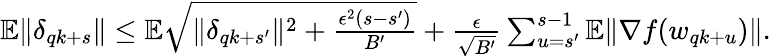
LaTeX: \begin{array}{r}{\mathbb{E}\| \delta_{qk+s}\| \le\mathbb{E}\sqrt{\| \delta_{qk+s^{\prime}}\| ^{2}+\frac{\epsilon^{2}(s-s^{\prime})}{B^{\prime}}}+\frac{\epsilon}{\sqrt{B^{\prime}}}\sum_{u=s^{\prime}}^{s-1}\mathbb{E}\| \nabla f(w_{qk+u})\| .}\end{array}